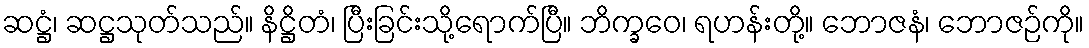
ဆဋ္ဌံ၊ ဆဋ္ဌသုတ်သည်။ နိဋ္ဌိတံ၊ ပြီးခြင်းသို့ရောက်ပြီ။ ဘိက္ခဝေ၊ ရဟန်းတို့။ ဘောဇနံ၊ ဘောဇဉ်ကို။